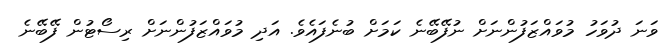
ވަނަ ދުވަހު މުވައްޒަފުންނަށް ނުފޭބޭނެ ކަމަށް ބުނެފައެވެ. އަދި މުވައްޒަފުންނަށް ރިސޯޓުން ފޭބޭނެ